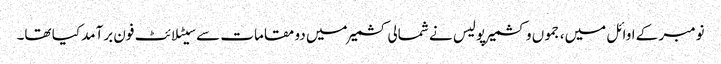
نومبر کے اوائل میں، جموں و کشمیر پولیس نے شمالی کشمیر میں دو مقامات سے سیٹلائٹ فون برآمد کیا تھا۔